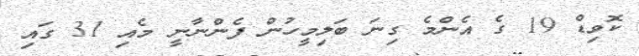
ކޮވިޑް 19 ގެ އެންމެ ގިނަ ބަލިމީހުން ފެންނާނީ މެއި 31 ގައި